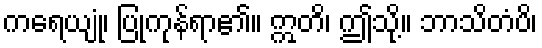
ကရေယျုံ၊ ပြုကုန်ရာ၏။ ဣတိ၊ ဤသို့။ ဘာသိတံပိ၊